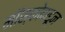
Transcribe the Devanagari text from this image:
मॉस्कोकडून